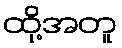
ထို့အတူ